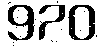
970